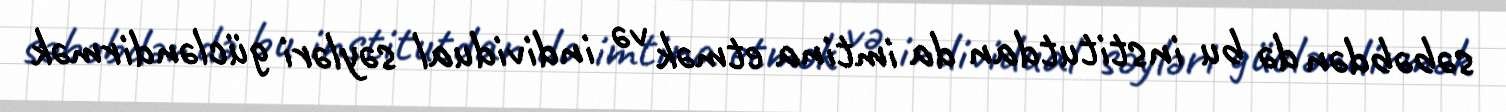
səbəbdən də bu institutdan da imtina etmək və individual səyləri gücləndirmək